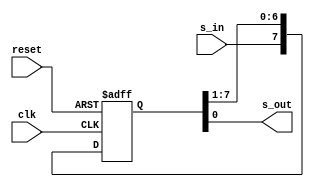
/*Program By Vicky_A*/

module shiftreg
   (
    input wire clk, reset,
    input wire s_in,
    output wire s_out
   );
 
   reg [7:0] r_reg;
   wire [7:0] r_next;
 
 
   always @(posedge clk, negedge reset)
   begin
      if (~reset)
         r_reg <= 0;
      else
         r_reg <= r_next;
	end	
 
	assign r_next = {s_in, r_reg[7:1]};
	assign s_out = r_reg[0];
 
 
endmodule